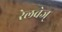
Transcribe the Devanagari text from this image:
रेलवेज्